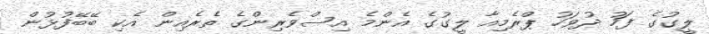
ލީގުގެ ފަހު ދުވަހު ޕްރެމިއާ ލީގުގެ އެންމެ އިސްވެރިންގެ ތެރެއިން އެކި ބޭބޭފުޅުން